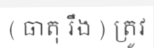
( ធាតុ រឹង ) ត្រូវ